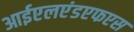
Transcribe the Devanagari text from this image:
आईएलएंडएफएस